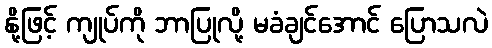
နို့ဖြင့် ကျုပ်ကို ဘာပြုလို့ မခံချင်အောင် ပြောသလဲ